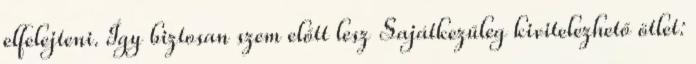
elfelejteni. Így biztosan szem előtt lesz Sajátkezűleg kivitelezhető ötlet: